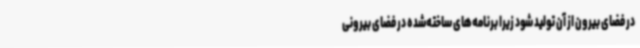
در فضای بیرون از آن تولید شود زیرا برنامه‌های ساخته‌شده در فضای بیرونی